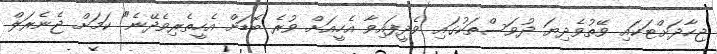
ޖިހާދަށްޓަކައި ވޭތުވެދިޔަ ދުވަސްތަކުގައި ވެދީފައިވާ އެހީއަށް ވުރެ ބޮޑަށް އެހީތެރިވެެދޭނެ" ކަމަށް ޖެނެރަލް